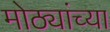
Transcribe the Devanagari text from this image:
मोठ्यांच्या